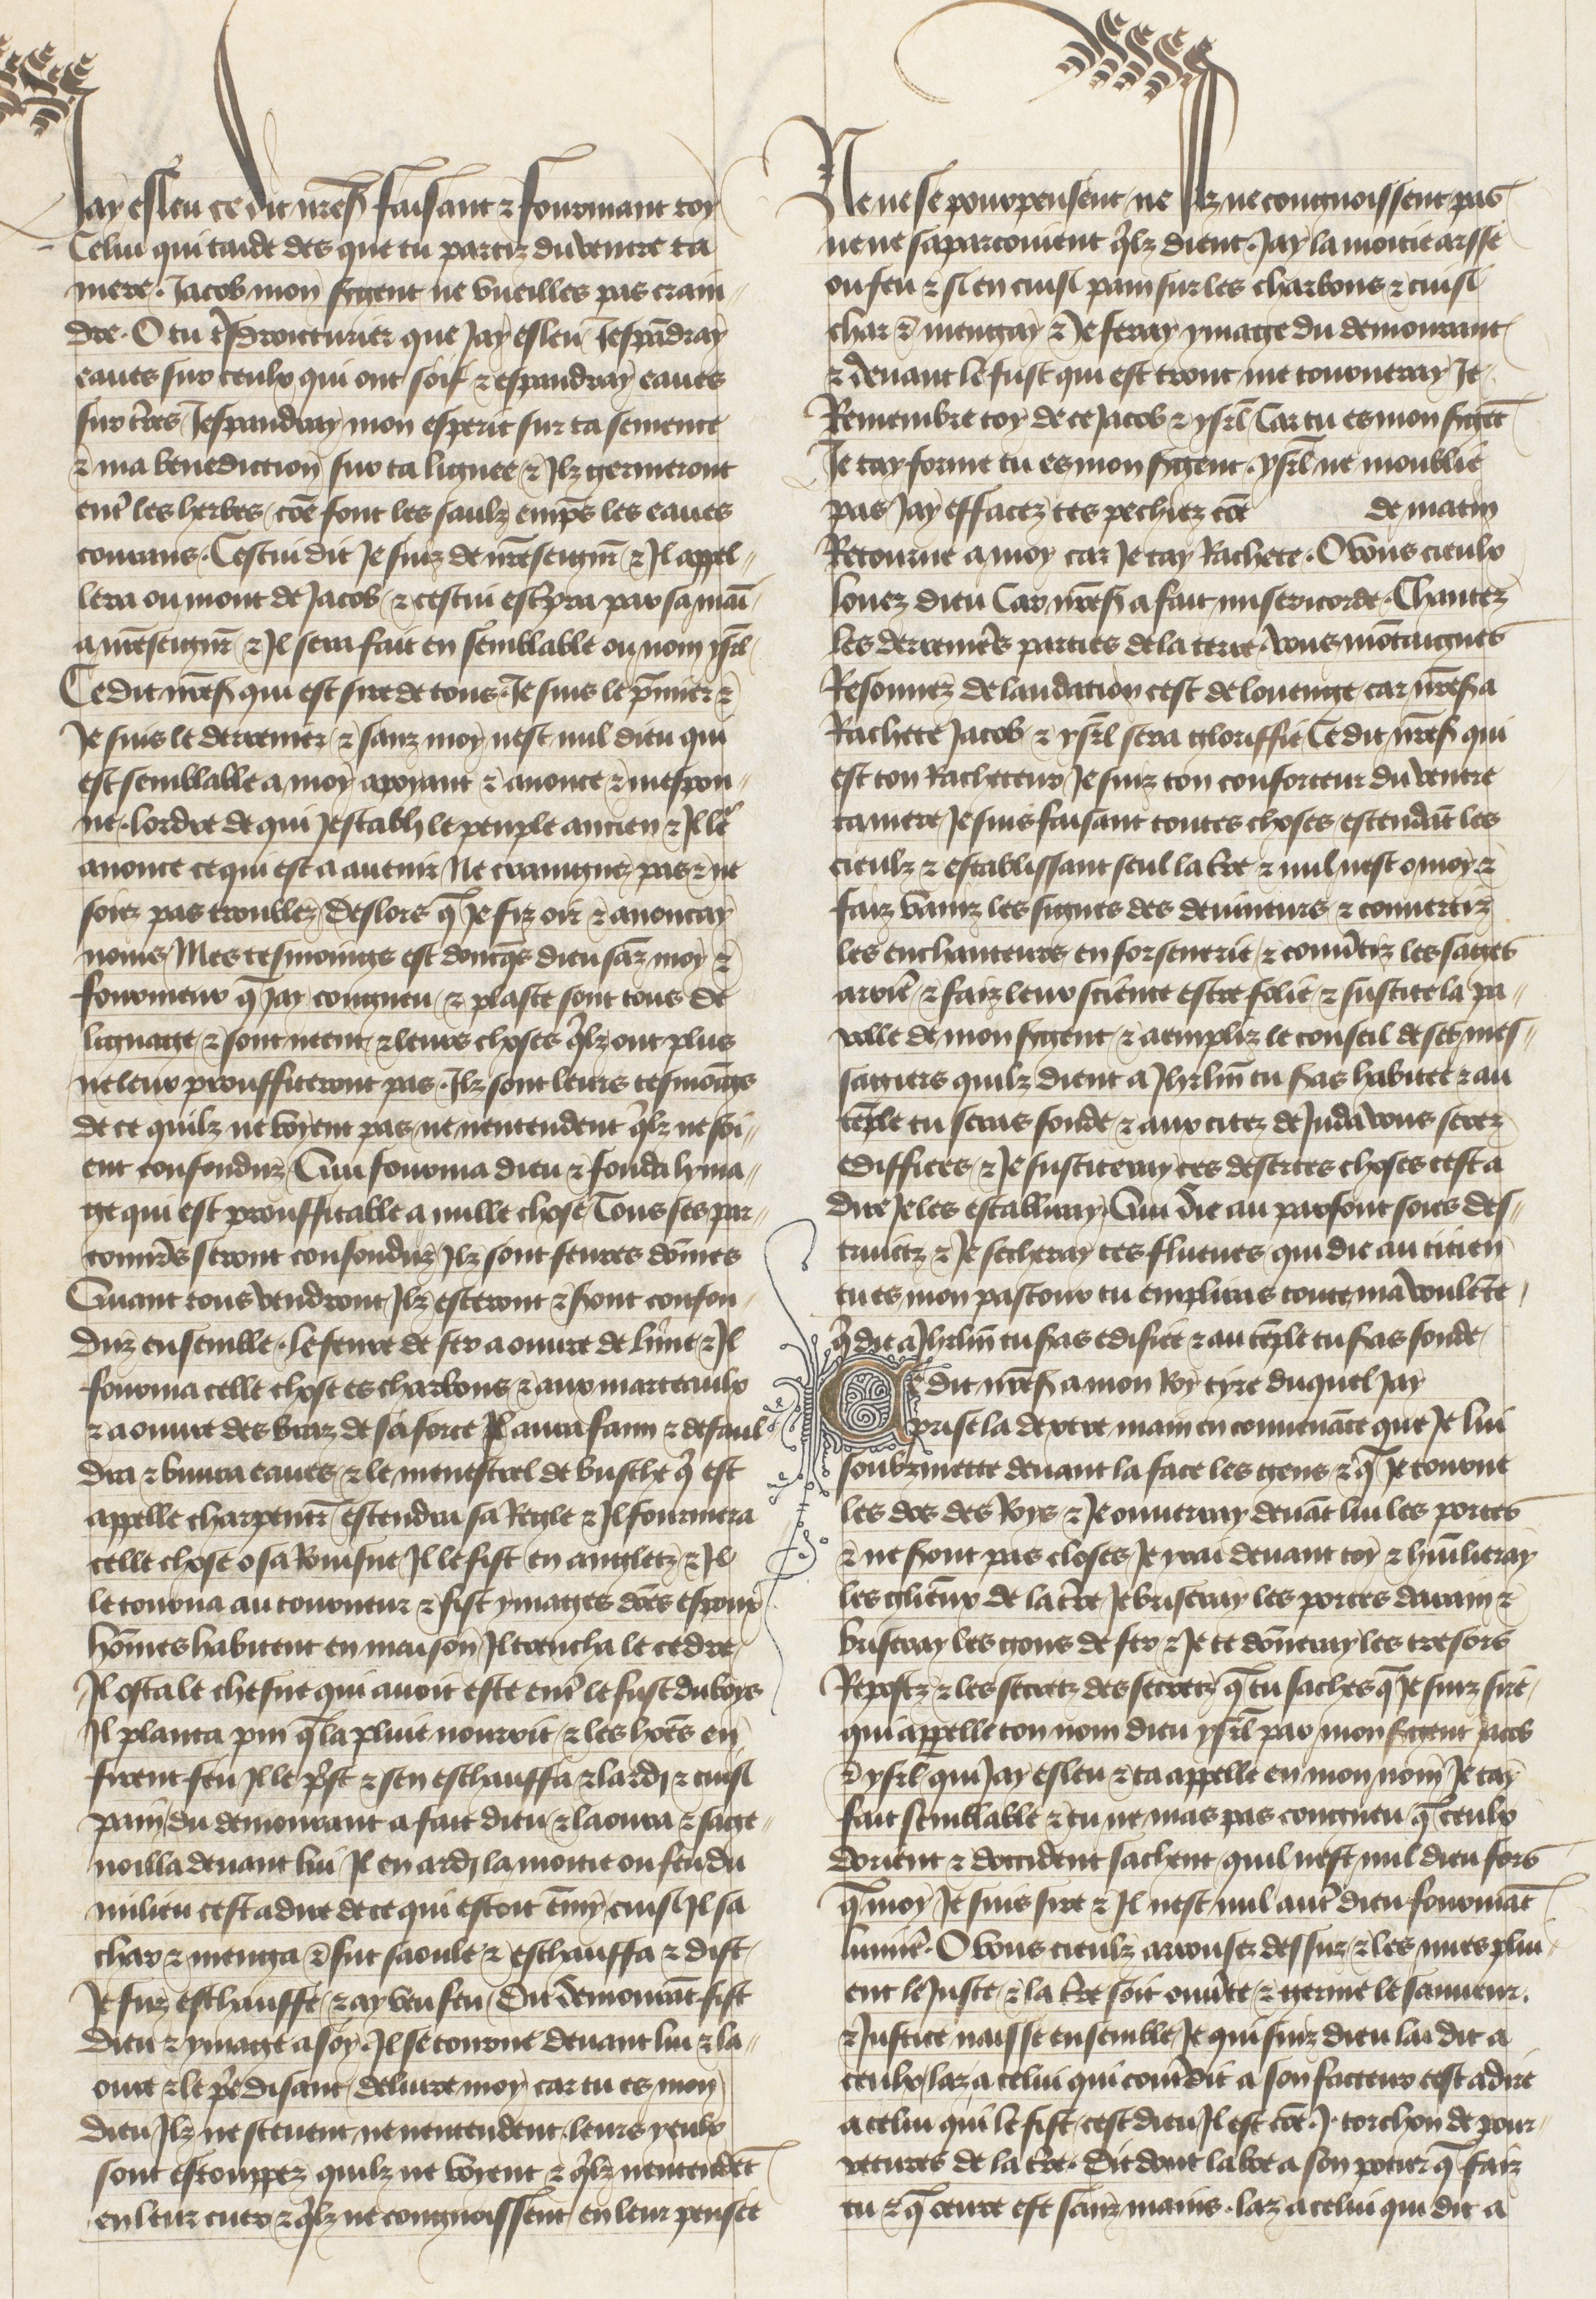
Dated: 1400–1450